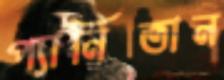
প্যানিতান